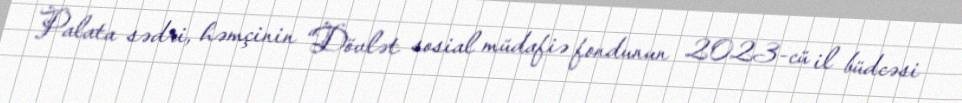
Palata sədri, həmçinin “Dövlət sosial müdafiə fondunun 2023-cü il büdcəsi